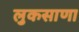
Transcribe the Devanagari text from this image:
लुकसाणा